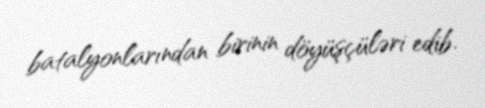
batalyonlarından birinin döyüşçüləri edib.